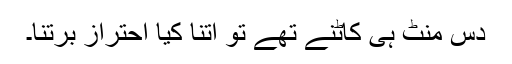
دس منٹ ہی کاٹنے تھے تو اتنا کیا احتراز برتنا۔